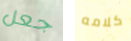
جعل كلامه